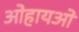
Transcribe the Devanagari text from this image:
ओहायओ